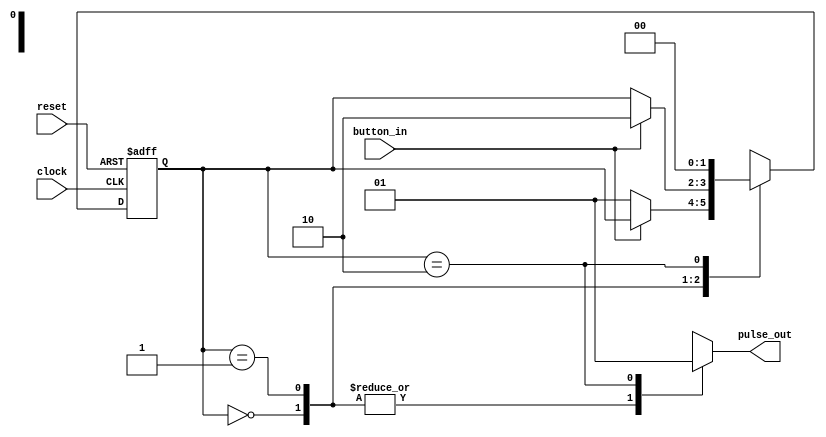
///////////////////////////////////////////////////////////////////////////////////////////////////////////////////////
//
// Author(s):	 Tom Martin, Jason Thweatt
// Version:     3 (28 March 2017)
// Description: This FSM generates a one clock-cycle output pulse each time a pushbutton is pressed and released.
//              The pushbuttons on your board output 0 when PRESSED and 1 when NOT PRESSED.
//
////////////////////////////////////////////////////////////////////////////////////////////////////////////////////////

module buttonpressed(clock, reset, button_in, pulse_out);
	input        clock;			// The system clock. (Connect to an FPGA clock signal in the top-level module.)
	input	       reset;			// Active-low reset. (Connect to the RESET pushbutton in the top-level module.)
	input        button_in;		// Input pushbutton signal. (Connect to some other pushbutton in the top-level module.)
	output       pulse_out;		// The output is high for one clock cycle each time the button is pressed and released.

	reg          pulse_out;
	reg    [1:0] state;			// The module's present state.
	reg    [1:0] next_state;	// The module's next state.

// Set up parameters for the state of the pushbutton.
// Since there are three states, we are using two bits to represent the state in a "dense" assignment.

	parameter [1:0] BUTTON_FREE = 2'b00, BUTTON_PRESSED = 2'b01, BUTTON_RELEASED = 2'b10;
	
// REGISTER BLOCK: This always block represents sequential logic, so it uses non-blocking assignments.
// It is sensitized to appropriate edges of the clock input and the reset input.
// You should picture this block as a 2-bit register with an active-low asynchronous clear.
	
	always@(posedge clock or negedge reset) begin

	// If reset = 0, there must have been a negative edge on the reset.
	// Since the effect of the reset occurs in the absence of a clock pulse, the reset is ASYNCHRONOUS.

		if(reset == 1'b0)
			state <= BUTTON_FREE;
	
	// If reset is not zero but this always block is executing, there must have been a positive clock edge.
	// On each positive clock edge, the next state becomes the present state.

		else
			state <= next_state;
	end

// REGISTER LOGIC: This always block represents combinational logic, so it uses blocking assignments.
// It is sensitized to changes in the pushbutton's present state and the pushbutton input.
// You should picture this block as the combinational logic that feeds the register inputs.
// It determines the next state based on the current state and the enable input.
	
	always@(state or button_in) begin
	
	// To be safe, assign a default value to next_state.
	// That way, if none of the paths in the case statement apply, the variable will have a known value.
	// This will be overridden by one of the assignments in the case structure below.

		next_state = state;
	
	// Use the present state to determine the next state.

		case(state)
	
		// BUTTON_FREE is the state where the pushbutton is currently unpressed and was not just released.
		// In this state, if the button value is 0, make the next state BUTTON_PRESSED.

			BUTTON_FREE: begin
				if(button_in == 1'b0)
					next_state = BUTTON_PRESSED;
			end

			// BUTTON_PRESSED is the state where the pushbutton is currently pressed down.
			// In this state, if the button value is 1, make the next state BUTTON_RELEASED.

			BUTTON_PRESSED: begin
				if(button_in == 1'b1)
					next_state = BUTTON_RELEASED;
			end

			// BUTTON_RELEASED is the state where the pushbutton has just been released.
			// In this state, make the next state BUTTON_FREE.
			// Note that this state makes its transition independent of the input value.
			// This state lasts for exactly one clock cycle - the clock cycle right after the button was released.

			BUTTON_RELEASED: next_state = BUTTON_FREE;

			// If none of the above - something that should never happen - make the next state unknown.

			default: next_state = 2'bxx;

		endcase
	end

// OUTPUT MACHINE: This always block represents combinational logic, so it uses blocking assignments.
// This is a Moore output, so the block is sensitized only to the state.
// In a Mealy machine, the output would have been sensitized to a state and to an input.
// You should picture this block as a combinational circuit that operates on the state to determine the output.

// I have structured the output machine as an always block to provide an example of how you should do it in general. 
// The behavior of this output is simple enough that a continuous assignment could have been used more effectively.

	always@(state) begin

	// Assign a default value to pulse_out. This will be overridden by one of the assignments below.

		pulse_out = 1'b0;			
	
	// Use the present state to determine the output.

		case(state)
		
		// If the pushbutton is currently unpressed and was not just released, pulse_out should be 0.
		
			BUTTON_FREE:		pulse_out = 1'b0;
		
		// If the pushbutton is currently being pressed, pulse_out should be 0.
			
			BUTTON_PRESSED:	pulse_out = 1'b0;
			
		// If the pushbutton has has just been released, pulse_out should be 1.
		// This state only lasts for one clock cycle, so pulse_out is 1 for only one clock cycle.
			
			BUTTON_RELEASED:	pulse_out = 1'b1;
		
		// If none of the above - something that should never happen - make the output unknown.
		
			default:				pulse_out = 1'bx;	

		endcase
	end

endmodule